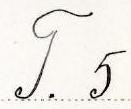
T. 5